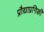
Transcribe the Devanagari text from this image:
प्रौद्याप्रगिकी